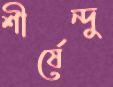
শীর্ষেন্দু